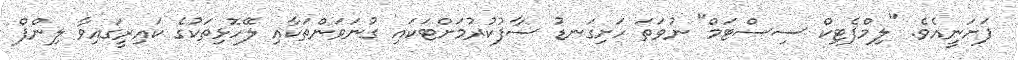
ފަށަނީއެވެ. "ލިމްފެޓިކް ސިސްޓަމް" ނުވަތަ ހަށިގަނޑު ސާފުކުރުމަށްޓަކައި ގުނަވަންތަކާއި ލޭހޮޅިތަކުގެ ކައިރީގައިވާ ލިންފް